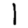
Digit: 1